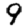
Digit: 9